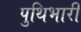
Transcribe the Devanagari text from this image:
पुथिभारी